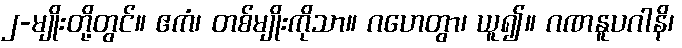
၂-မျိုးတို့တွင်။ ဧကံ၊ တစ်မျိုးကိုသာ။ ဂဟေတွာ၊ ယူ၍။ ဂဏနူပဂါနိ၊